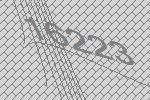
16223